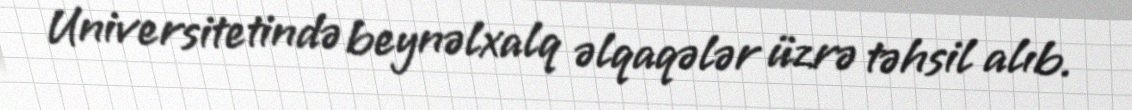
Universitetində beynəlxalq əlqaqələr üzrə təhsil alıb.